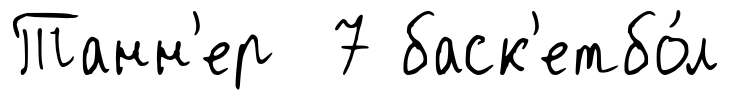
Танн'ер 7 баск'етбо́л